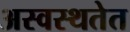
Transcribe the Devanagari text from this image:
अस्वस्थतेत